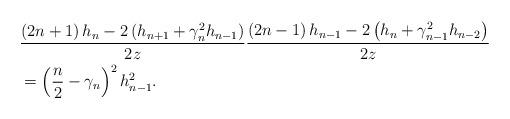
LaTeX: \begin{align*}& \frac{\left( 2n+1\right) h_{n}-2\left( h_{n+1}+\gamma_{n}^{2}h_{n-1}\right) }{2z}\frac{\left( 2n-1\right) h_{n-1}-2\left( h_{n}+\gamma_{n-1}^{2}h_{n-2}\right) }{2z}\\& =\left( \frac{n}{2}-\gamma_{n}\right) ^{2}h_{n-1}^{2}.\end{align*}